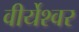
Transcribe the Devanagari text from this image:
वीर्येश्वर